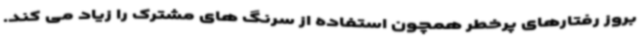
بروز رفتارهای پرخطر همچون استفاده از سرنگ های مشترک را زیاد می کند.